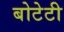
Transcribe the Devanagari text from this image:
बोटेटी